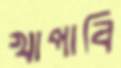
খাপাবি